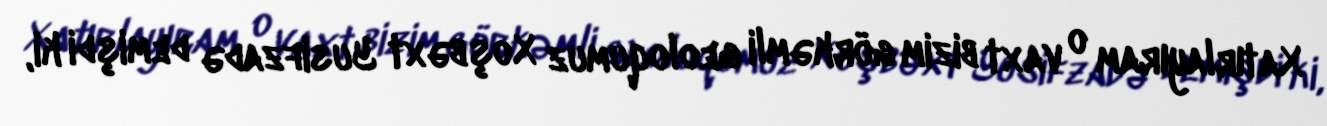
Xatırlayıram o vaxt bizim görkəmli geoloqumuz Xoşbəxt Yusifzadə demişdi ki,